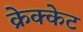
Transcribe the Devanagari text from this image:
क्रेक्केट